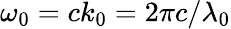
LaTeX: \omega_{0}=ck_{0}=2\pi c/\lambda_{0}